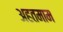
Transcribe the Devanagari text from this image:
अहतमाम